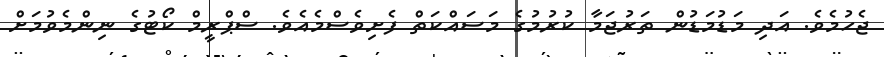
ޖެހުމެވެ. އަދި މަޑުމަޑުން ތަރުޖަމާ ކުރުމުގެ މަސައްކަތް ފެށިވެސްމެއެވެ. ސްޕްރީމް ކޯޓުގެ ނިންމެވުމަށް